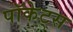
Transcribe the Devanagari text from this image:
पॉकेट्स